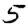
Digit: 5